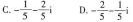
C.$$- \frac { 1 } { 5 } - \frac { 2 } { 5 } i$$ D.$$- \frac { 2 } { 5 } - \frac { 1 } { 5 } i$$